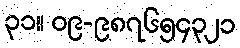
၃၁။ ၀၉-၉၈၇၆၅၄၃၂၁